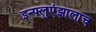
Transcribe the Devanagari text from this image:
इन्फ्लुएंझालाच